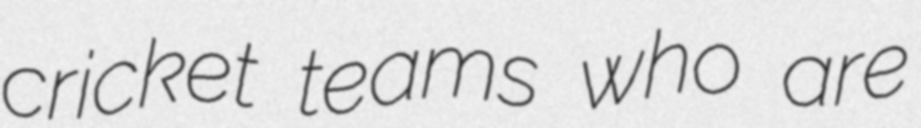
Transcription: cricket teams who are